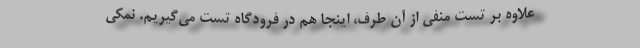
علاوه بر تست منفی از آن طرف، اینجا هم در فرودگاه تست می‌گیریم. نمکی